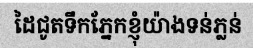
ដៃជូតទឹកភ្នែកខ្ញុំយ៉ាងទន់ភ្លន់